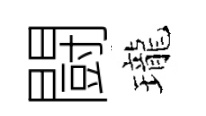
闘瓏